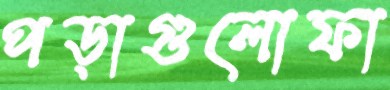
পড়াগুলোফা